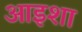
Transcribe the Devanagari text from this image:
आइशा